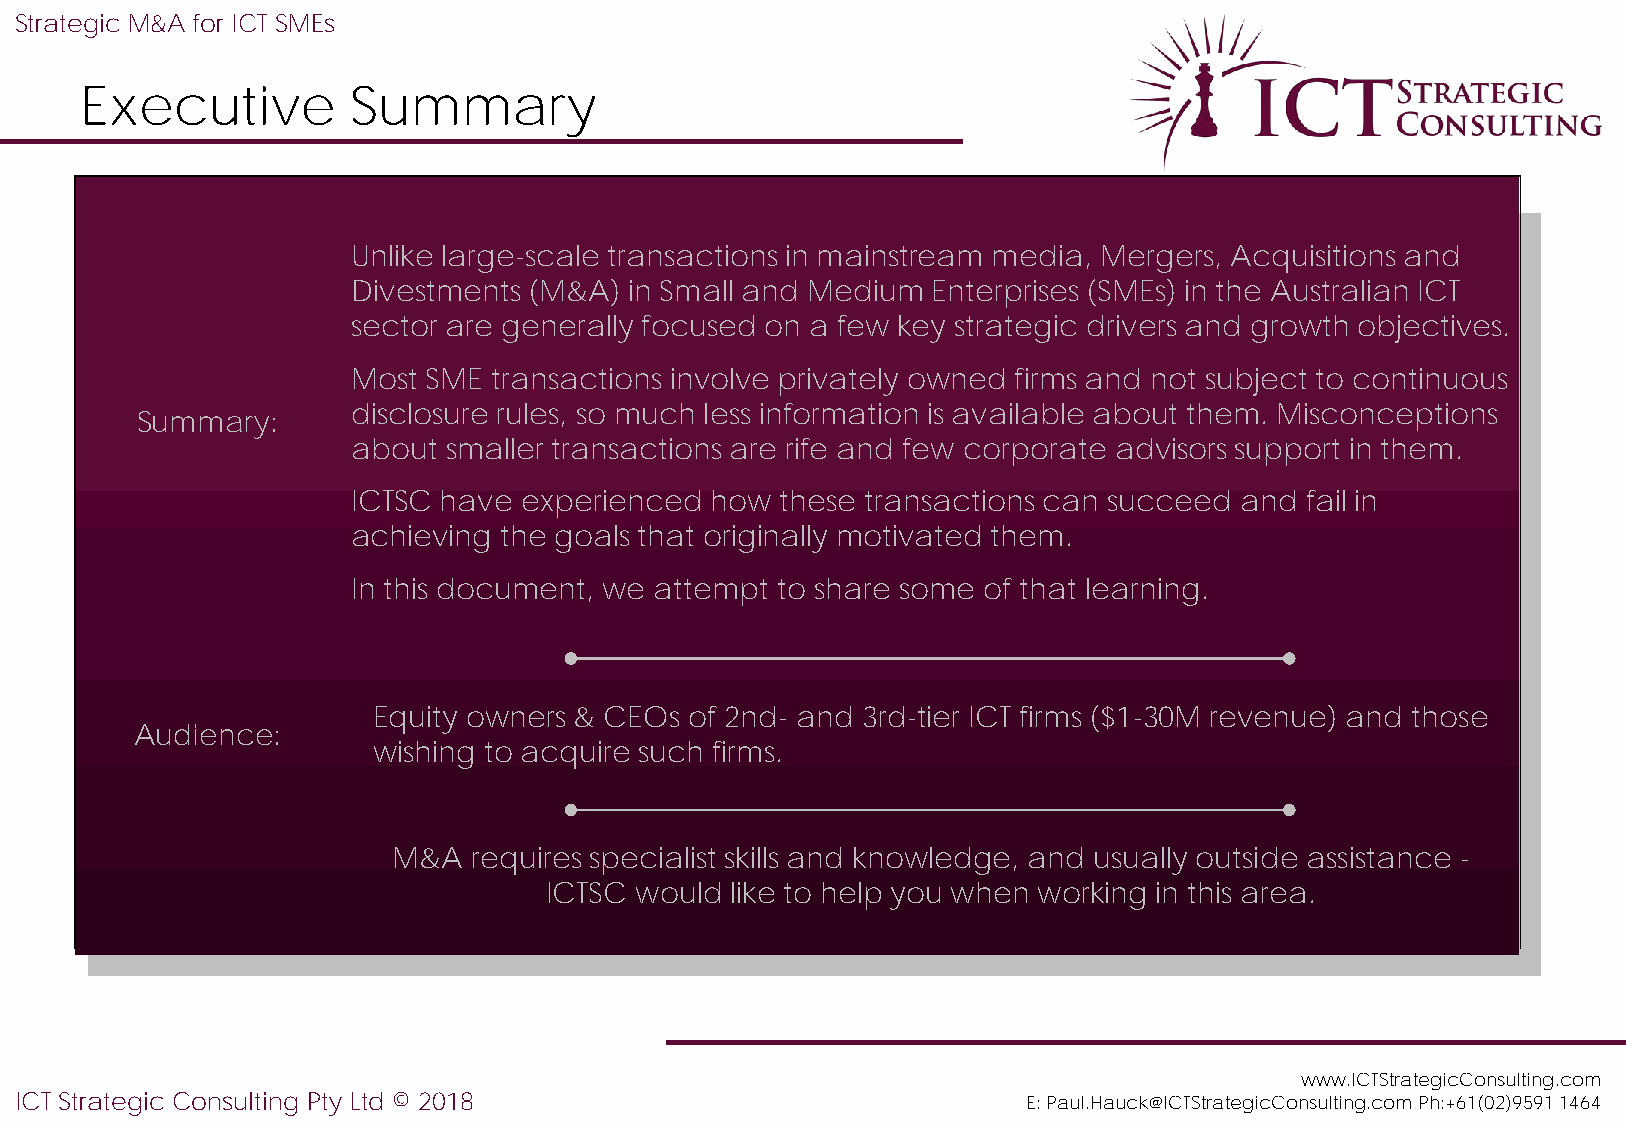
Strategic M&A for ICT SMEs
 Executive         Summary
 Unlike large-scale transactions in mainstream media, Mergers, Acquisitions and
 Divestments (M&A)  in Small and Medium Enterprises (SMEs) in the Australian ICT
 sector are generally focused on a few key strategic drivers and growth objectives.
 Most SME  transactions involve privately owned firms and not subject to continuous
 disclosure rules, so much less information is available about them. Misconceptions
 Summary:
 about  smaller transactions are rife and few corporate advisors support in them.
 ICTSC have  experienced how  these transactions can succeed and fail in
 achieving the goals that originally motivated them.
 In this document, we attempt to share some of that learning.
 Equity owners & CEOs of 2nd- and 3rd-tier ICT firms ($1-30M revenue) and those
 Audience:
 wishing to acquire such firms.
 M&A  requires specialist skills and knowledge, and usually outside assistance -
 ICTSC would like to help you when working in this area.
 www.ICTStrategicConsulting.com
 ICT Strategic Consulting Pty Ltd © 2018                            E: Paul.Hauck@ICTStrategicConsulting.com Ph:+61(02)9591 1464